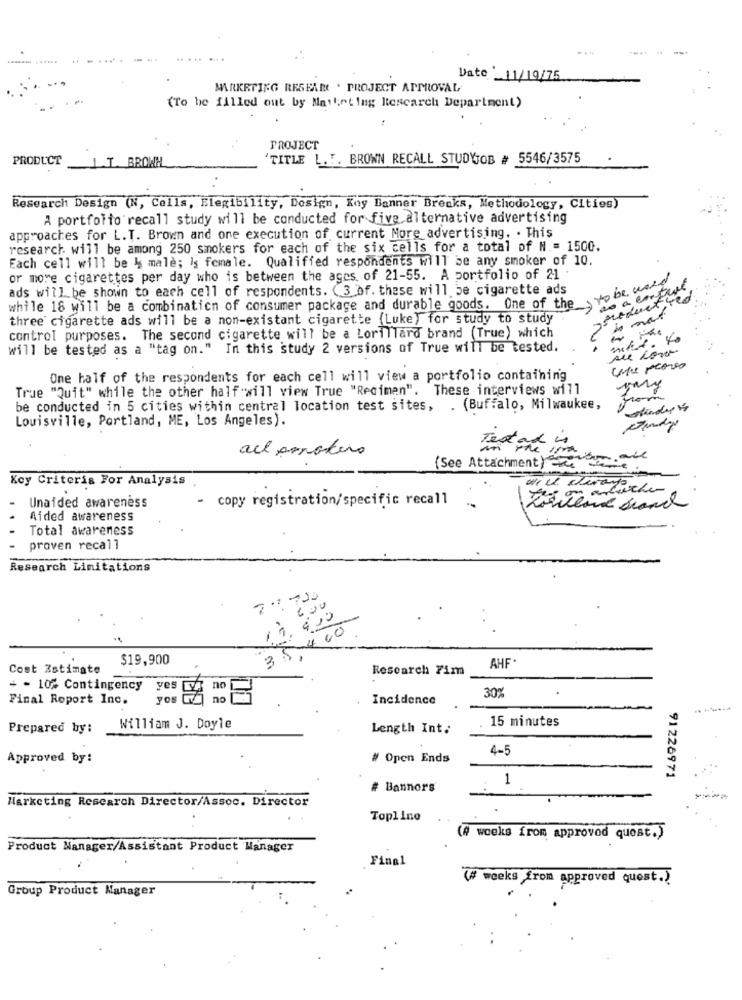
Date _11/19/75
MARKETING RESEAR . PROJECT APPROVAL
(To be filled out by Marketing Research Department)
PROJECT
PRODUCT
'TITLE L.F. BROWN RECALL STUDYJOB # 5546/3575
1.L. BROWN
Research Design (N, Cells, Flexibility, Design, Koy Banner Breaks, Methodology, Cities)
A portfolio recall study will be conducted for five alternative advertising
approaches for L.T. Brown and one execution of current More advertising. . This
research will be among 250 smokers for each of the six cells for a total of M .= 1500.
Each cell will be & male; Is female. Qualified respondents will be any smoker of 10.
or more cigarettes per day who is between the ages of 21-55. A portfolio of 21 .
to be wild
ads will be shown to each cell of respondents. (3 of. these will be cigarette ads
reduct ted
while 18 will be a combination of consumer package and durable goods. One of the_>
three cigarette ads will be a non-existant cigarette (Luke) for study to study
control purposes. The second cigarette will be a Lorillard brand (True) which
will be tested as a "tag on." In this study 2 versions of True will be tested.
sue con
ciu rearso
One half of the respondents for each cell will view a portfolio containing
True "Quit" while the other half"will view True "Recimen". These interviews will
Jany
be conducted in 5 cities within central location test sites, . (Buffalo, Milwaukee,
Louisville, Portland, ME, Los Angeles).
all amnotero
Test and is
(See Attachment)
will dirare
Koy Criteria For Analysis
Unaided awareness
copy registration/specific recall
Aided awareness
Total awareness
proven recall
Research Limitations
2.2720
600
$ 10
00
$19,900
3
AHF.
Cost Estimate
Research Fim
+ - 10% Contingency
yes
30%
Final Report Inc.
no
Incidence
15 minutes
Prepared by :
William J. Doyle
Length Int.
4-5
Approved by:
# Open Ends
91226971
1
# Banners
Marketing Research Director/Assoc. Director
Topline
(# woeks from approved quest.)
Product Manager/Assistant Product Manager
Final
(# weeks from approved quest.)
Group Product Manager